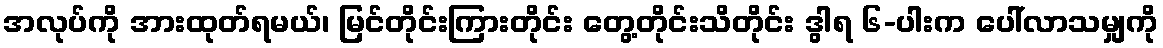
အလုပ်ကို အားထုတ်ရမယ်၊ မြင်တိုင်းကြားတိုင်း တွေ့တိုင်းသိတိုင်း ဒွါရ ၆-ပါးက ပေါ်လာသမျှကို